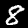
Digit: 8